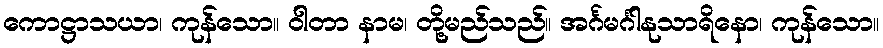
ကောဋ္ဌာသယာ၊ ကုန်သော။ ဝါတာ နာမ၊ တို့မည်သည်။ အင်္ဂမင်္ဂါနုသာရိနော၊ ကုန်သော။